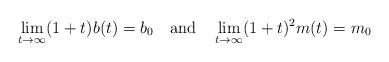
LaTeX: \begin{align*}\lim_{t \rightarrow \infty} (1+t) b(t) = b_0 \mbox{\, \, and \, \,} \lim_{t \rightarrow \infty} (1+t)^2 m(t) = m_0\end{align*}